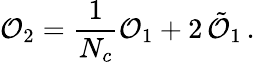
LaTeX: {\cal O}_{2}=\frac{1}{N_{c}}{\cal O}_{1}+2\, \tilde{{\cal O}}_{1}\, .